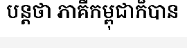
បន្តថា ភាគីកម្ពុជាក៏បាន